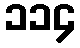
၁၁၄